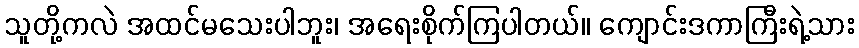
သူတို့ကလဲ အထင်မသေးပါဘူး၊ အရေးစိုက်ကြပါတယ်။ ကျောင်းဒကာကြီးရဲ့သား